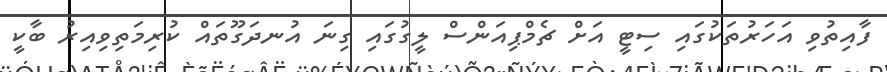
ފާއިތުވި އަހަރުތަކުގައި ސިޓީ އަށް ޗެމްޕިއަންސް ލީގުގައި ގިނަ އުނދަގޫތައް ކުރިމަތިވިއިރު ބާކީ